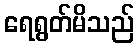
ရေရွတ်မိသည်